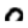
Digit: 0